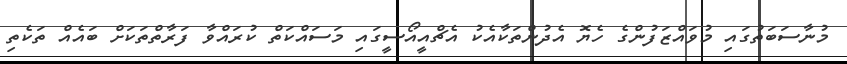
މުނާސަބަތުގައި މުވައްޒަފުންގެ ހެޔޮ އެދުންތަކާއެކު އެޗްއީއޯސީގައި މަސައްކަތް ކުރައްވާ ފަރާތްތަކަށް ބައެއް ތަކެތި